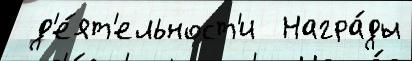
 д'е́ят'ельност'и  Награ́ды